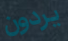
يردون